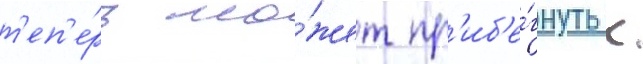
т'еп'е́рь мо́жет пр'иб'е́гнуть к